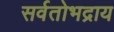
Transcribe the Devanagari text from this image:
सर्वतोभद्राय